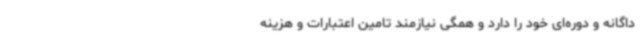
داگانه و دوره‌ای خود را دارد و همگی نیازمند تامین اعتبارات و هزینه